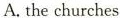
A.the churches